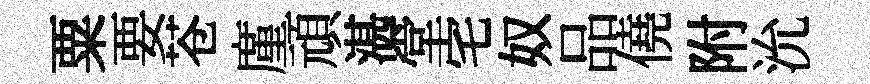
粟要苍廑頑湛堂宅奴品僥附沇